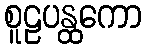
စူဠပန္ထကော